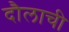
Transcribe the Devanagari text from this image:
दौलाची